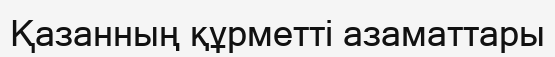
Қазанның құрметті азаматтары